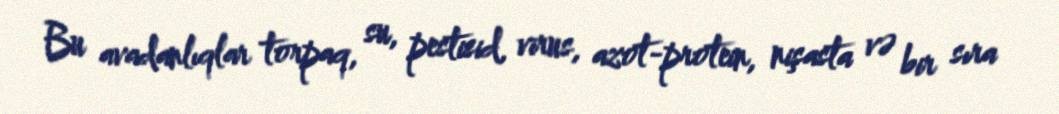
Bu avadanlıqlar torpaq, su, pestisid, virus, azot-protein, nişasta və bir sıra